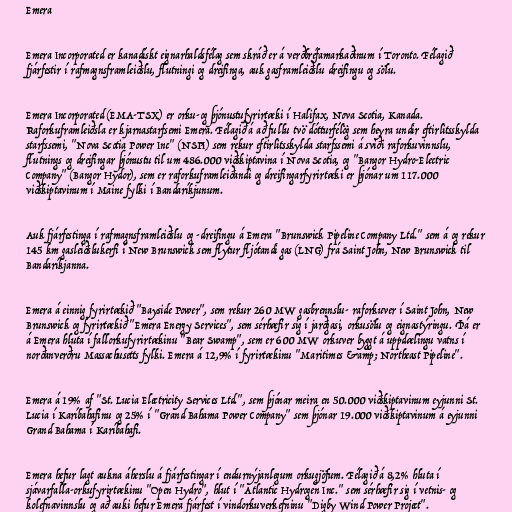
Emera

Emera Incorporated er kanadískt eignarhaldsfélag sem skráð er á verðbréfamarkaðinum í Toronto. Félagið
fjárfestir í rafmagnsframleiðslu, flutningi og dreifinga, auk gasframleiðslu dreifingu og sölu.

Emera Incorporated (EMA-TSX) er orku-og þjónustufyrirtæki í Halifax, Nova Scotia, Kanada.
Raforkuframleiðsla er kjarnastarfsemi Emera. Félagið á að fullu tvö dótturfélög sem heyra undir eftirlitsskylda
starfssemi, "Nova Scotia Power Inc" (NSPI) sem rekur eftirlitsskylda starfssemi á sviði raforkuvinnslu,
flutnings og dreifingar þjónustu til um 486.000 viðskiptavina í Nova Scotia, og "Bangor Hydro-Electric
Company" (Bangor Hydor), sem er raforkuframleiðandi og dreifingarfyrirtæki er þjónar um 117.000
viðskiptavinum í Maine fylki í Bandaríkjunum.

Auk fjárfestinga í rafmagnsframleiðslu og -dreifingu á Emera "Brunswick Pipeline Company Ltd." sem á og rekur
145 km gasleiðslukerfi í New Brunswick sem flytur fljótandi gas (LNG) frá Saint John, New Brunswick til
Bandaríkjanna.

Emera á einnig fyrirtækið "Bayside Power", sem rekur 260 MW gasbrennslu- raforkuver í Saint John, New
Brunswick og fyrirtækið "Emera Energy Services", sem sérhæfir sig í jarðgasi, orkusölu og eignastýringu. Þá er
á Emera hluta í fallorkufyrirtækinu "Bear Swamp", sem er 600 MW orkuver byggt á uppdælingu vatns í
norðanverðru Massachusetts fylki. Emera á 12,9% í fyrirtækinu "Maritimes &amp; Northeast Pipeline".

Emera á 19% af "St. Lucia Electricity Services Ltd.", sem þjónar meira en 50.000 viðskiptavinum eyjunni St.
Lucia í Karíbahafinu og 25% í "Grand Bahama Power Company" sem þjónar 19.000 viðskiptavinum á eyjunni
Grand Bahama í Karíbahafi.

Emera hefur lagt aukna áherslu á fjárfestingar í endurnýjanlegum orkugjöfum. Félagið á 8,2% hluta í
sjávarfalla-orkufyrirtækinu "Open Hydro", hlut í "Atlantic Hydrogen Inc." sem sérhæfir sig í vetnis- og
kolefnavinnslu og að auki hefur Emera fjárfest í vindorkuverkefninu "Digby Wind Power Project".